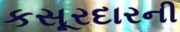
કસૂરદારની